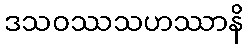
ဒသဝဿသဟဿာနိ